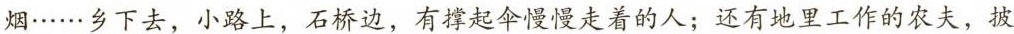
烟……乡下去，小路上，石桥边，有撑起伞慢慢走着的人；还有地里工作的农夫，披